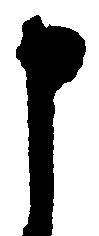
申